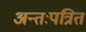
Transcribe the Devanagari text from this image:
अन्तःपत्रित